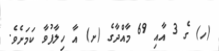
(ހ) ގެ 3 އާއި 69 މާއްދާގެ (ށ) އާ ހިލާފުވާ ކަމަށެވެ.